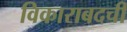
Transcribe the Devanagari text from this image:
विकाराबदची